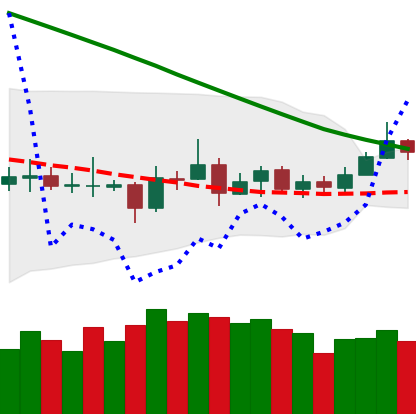
Ticker: ETC-USD
Chart end date: 2019-03-17
Forward return: 9.556%
Label: up_7plus